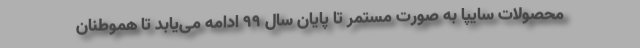
محصولات سایپا به صورت مستمر تا پایان سال ۹۹ ادامه می‌یابد تا هموطنان